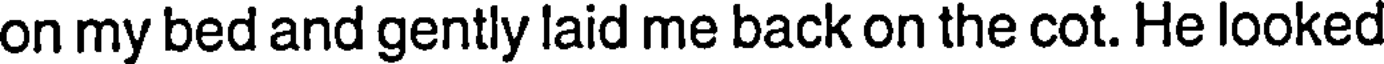
on my bed and gently laid me back on the cot. He looked